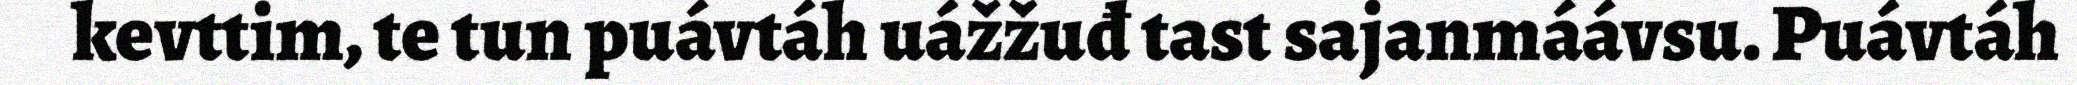
kevttim, te tun puávtáh uážžuđ tast sajanmáávsu. Puávtáh